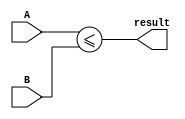
module less_than_equal(
    input wire [3:0] A,
    input wire [3:0] B,
    output wire result
);

assign result = (A <= B);

endmodule